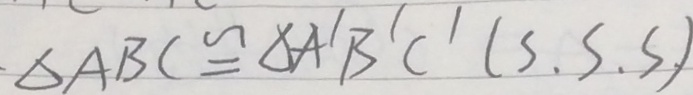
\Delta A B C \cong \Delta A ^ { \prime } B ^ { \prime } C ^ { \prime } ( S . S . S . )